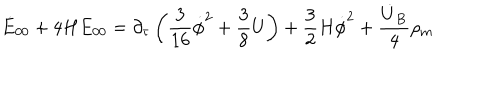
LaTeX: \dot { E } _ { 0 0 } + 4 H E _ { 0 0 } = \partial _ { \tau } \left( \frac { 3 } { 1 6 } \dot { \phi } ^ { 2 } + \frac { 3 } { 8 } U \right) + \frac { 3 } { 2 } H \dot { \phi } ^ { 2 } + \frac { \dot { U } _ { B } } { 4 } \rho _ { m }